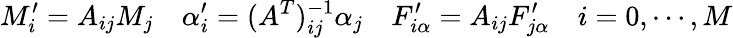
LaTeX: M_{i}^{\prime}=A_{ij}M_{j}\quad\alpha_{i}^{\prime}=(A^{T})_{ij}^{-1}\alpha_{j}\quad F_{i\alpha}^{\prime}=A_{ij}F_{j\alpha}^{\prime}\quad i=0,\cdots,M